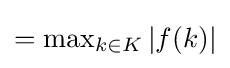
=\max \nolimits _{k\in K}|f(k)|